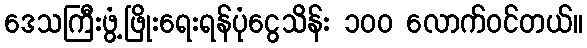
ဒေသကြီးဖွံ့ဖြိုးရေးရန်ပုံငွေသိန်း ၁၀၀ လောက်ဝင်တယ်။